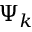
\Psi _ { k }